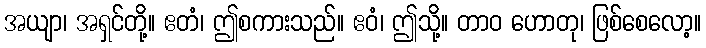
အယျာ၊ အရှင်တို့။ ဧတံ၊ ဤစကားသည်။ ဧဝံ၊ ဤသို့။ တာဝ ဟောတု၊ ဖြစ်စေလော့။